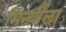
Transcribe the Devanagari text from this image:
मिर्न्यीला